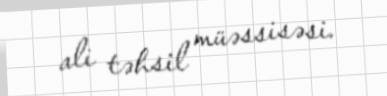
ali təhsil müəssisəsi.